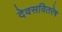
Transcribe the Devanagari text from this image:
देवसवितरेष